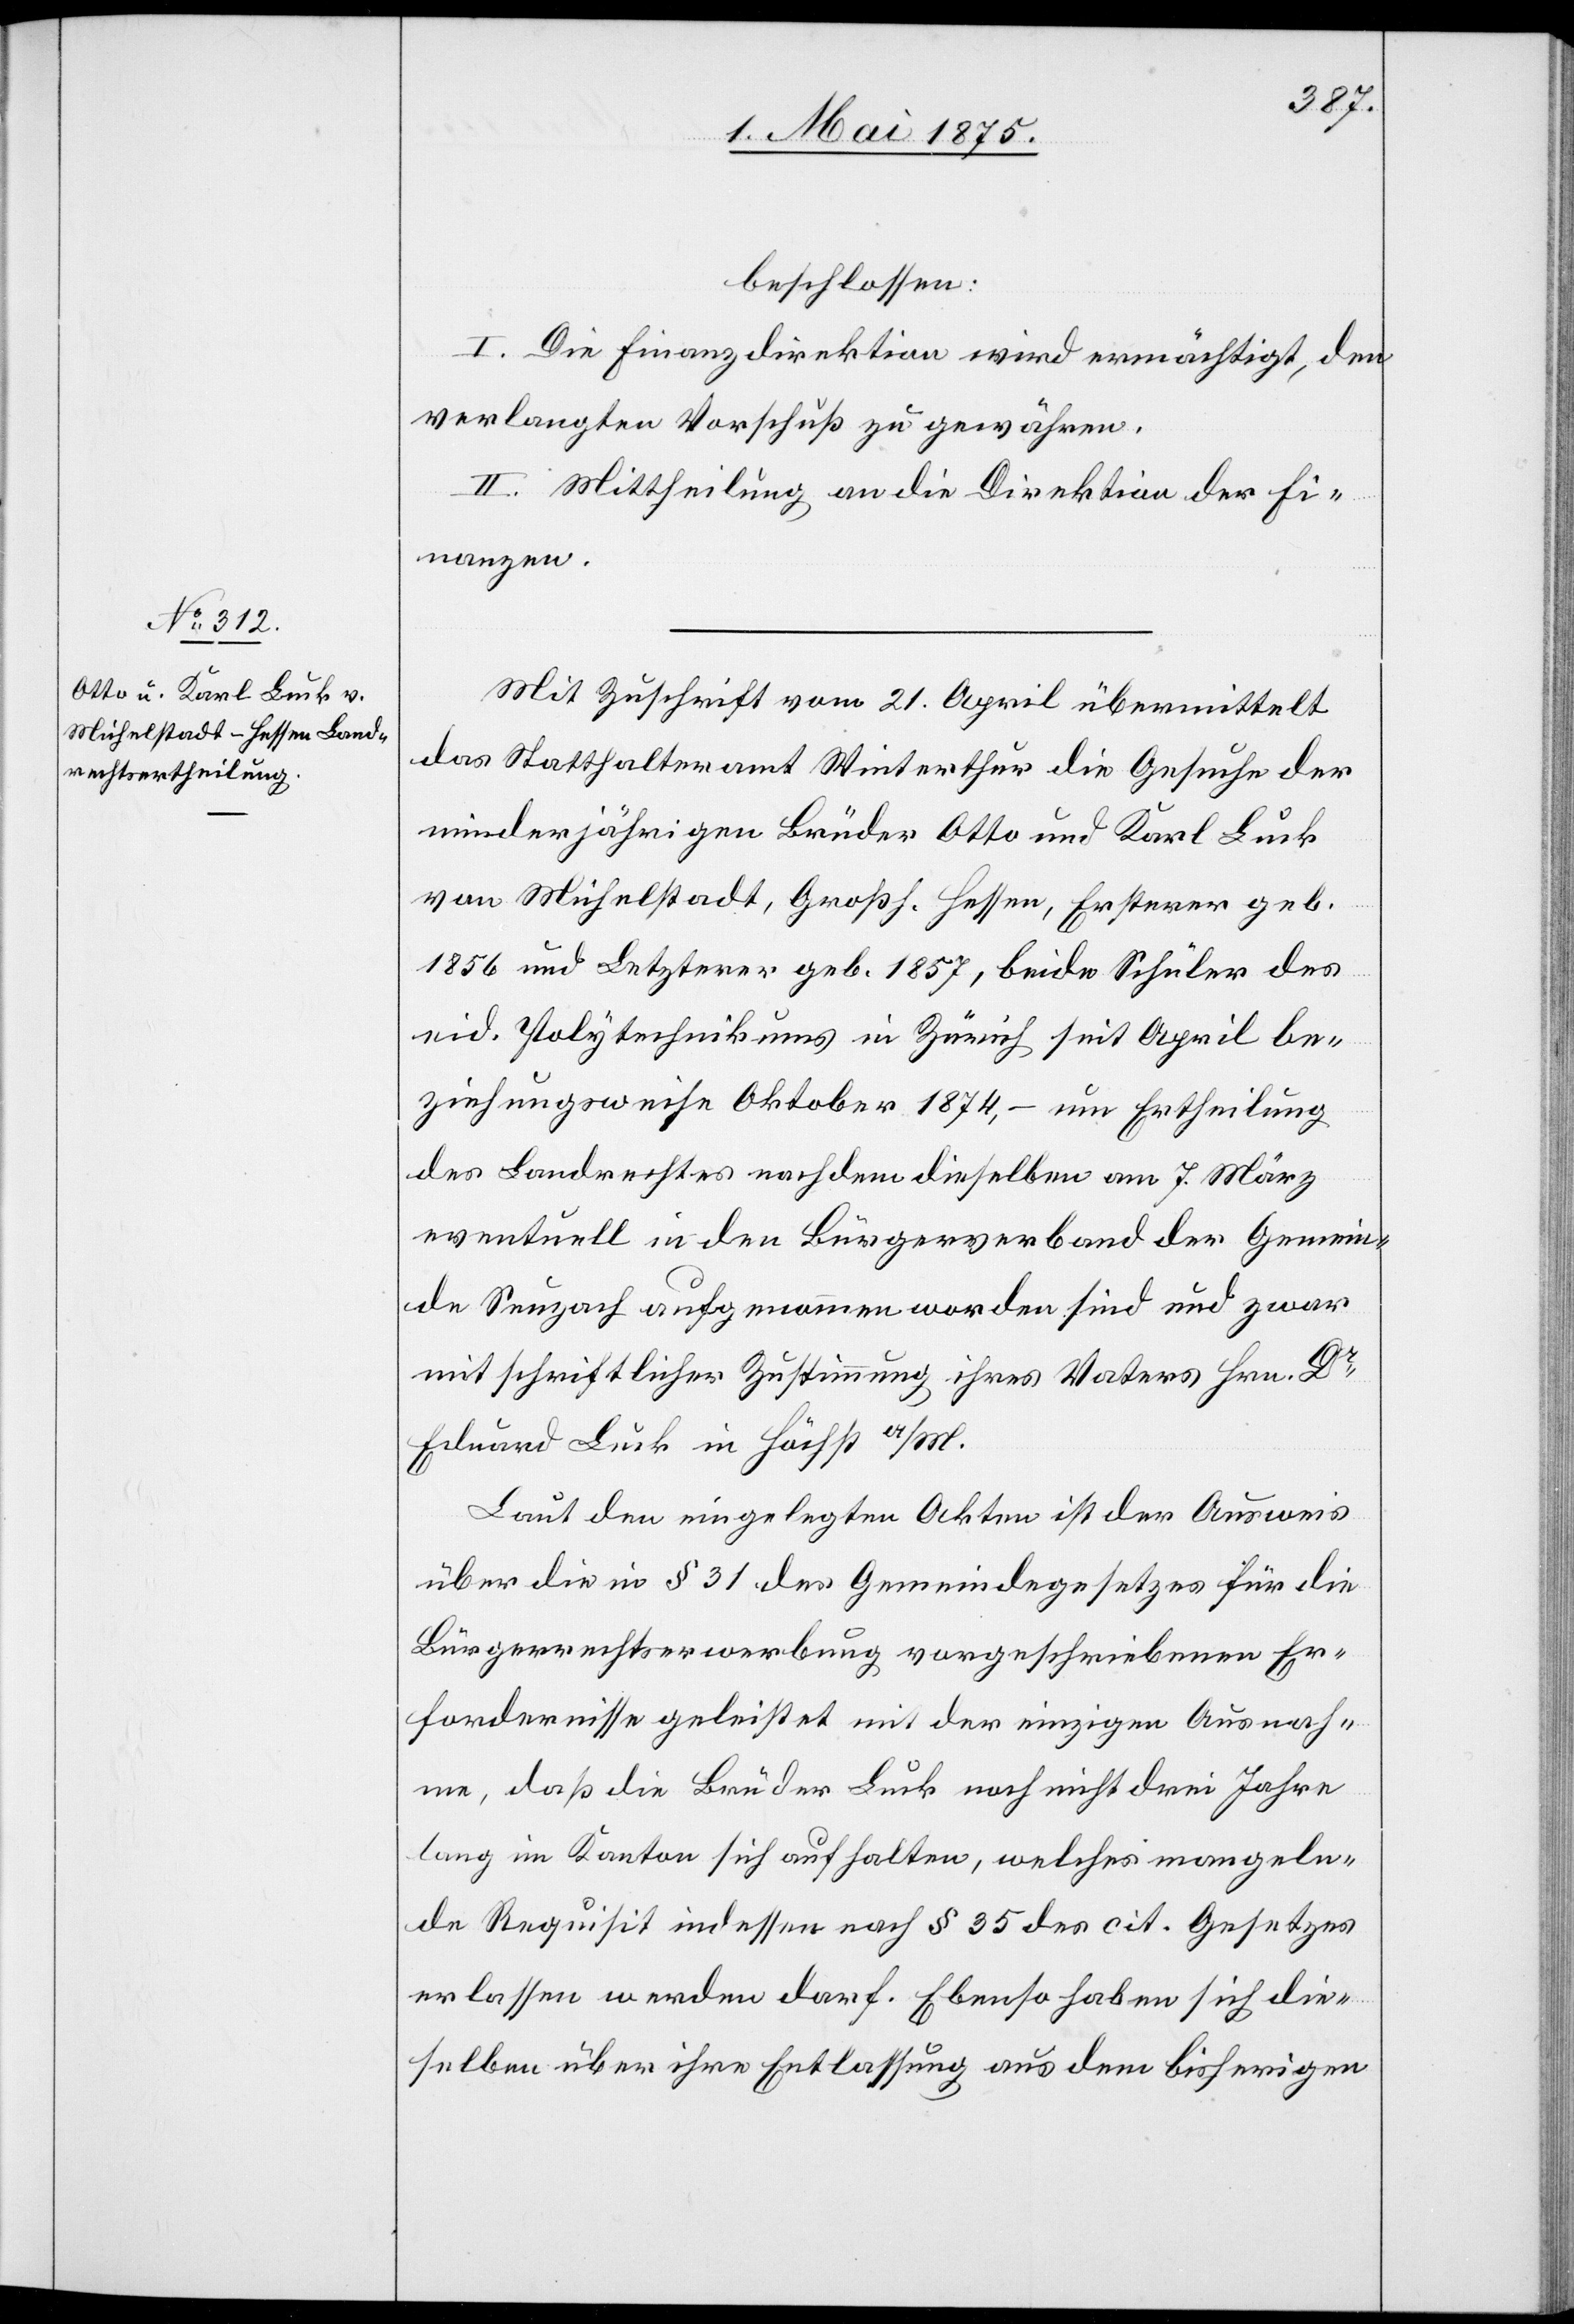
beschlossen:
I. Die Finanzdirektion wird ermächtigt, den
verlangten Vorschuß zu gewähren.
II. Mittheilung an die Direktion der Fi¬
nanzen.
Mit Zuschrift vom 21. April übermittelt
das Statthalteramt Winterthur die Gesuche der
minderjährigen Brüder Otto und Karl Luck
von Michelstadt, Großh. Hessen, ersterer geb.
1856 und Letzterer geb. 1857, beide Schüler des
eid. Polytechnikums in Zürich seit April be¬
ziehungsweise Oktober 1874, – um Ertheilung
des Landrechtes nachdem dieselben am 7. März
eventuell in den Bürgerverband der Gemein¬
de Seuzach aufgenommen worden sind und zwar
mit schriftlicher Zuschrift ihres Vaters Hrn. Dr.
Eduard Luck in Höchst a/M.
Laut den eigelegten Akten ist der Ausweis
über die in § 31 des Gemeindegesetzes für die
Bürgerrechtserwerbung vorgeschriebenen Er¬
fordernisse geleistet mit der einzigen Ausnah¬
me, daß die Brüder Luck noch nicht drei Jahre
lang im Kanton sich aufhalten, welches mangeln¬
de Requisit indessen nach § 35 des cit. Gesetzes
erlassen werden darf. Ebenso haben sich die¬
selben über ihre Entlassung aus dem bisherigen